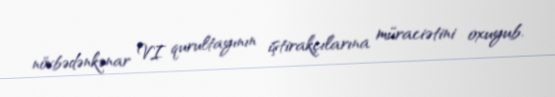
növbədənkənar VI qurultayının iştirakçılarına müraciətini oxuyub.